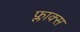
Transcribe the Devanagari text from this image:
फ्लाक्स